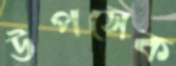
উপসেক